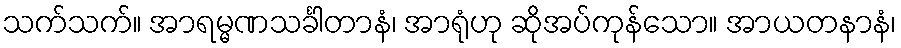
သက်သက်။ အာရမ္မဏသင်္ခါတာနံ၊ အာရုံဟု ဆိုအပ်ကုန်သော။ အာယတနာနံ၊